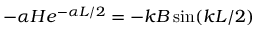
- \alpha H e ^ { - \alpha L / 2 } = - k B \sin ( k L / 2 )